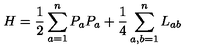
H = \frac { 1 } { 2 } \sum _ { a = 1 } ^ { n } P _ { a } P _ { a } + \frac { 1 } { 4 } \sum _ { a , b = 1 } ^ { n } L _ { a b }